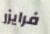
فرايزر